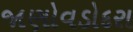
જાણોવડોદરા